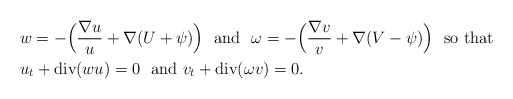
\begin{align*}\begin{aligned}& w = -\Big(\frac{\nabla u}{u} + \nabla(U + \psi)\Big) \ \mbox{ and } \ \omega = -\Big(\frac{\nabla v}{v} + \nabla(V - \psi)\Big) \ \mbox{ so that} \\& u_t + \mbox{div}(wu) = 0 \ \mbox{ and} \ v_t + \mbox{div}(\omega v) = 0.\end{aligned}\end{align*}